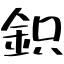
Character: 鉙